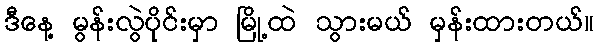
ဒီနေ့ မွန်းလွဲပိုင်းမှာ မြို့ထဲ သွားမယ် မှန်းထားတယ်။